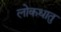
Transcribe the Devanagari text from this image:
लोकधातु